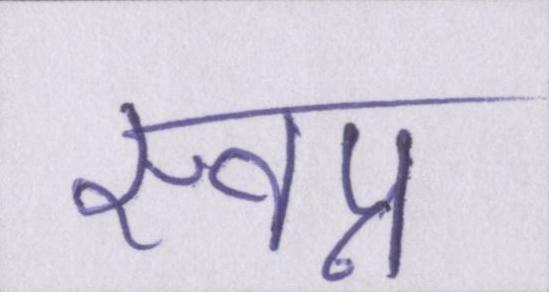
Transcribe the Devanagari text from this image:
स्वप्न